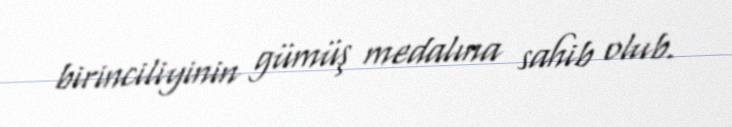
birinciliyinin gümüş medalına sahib olub.